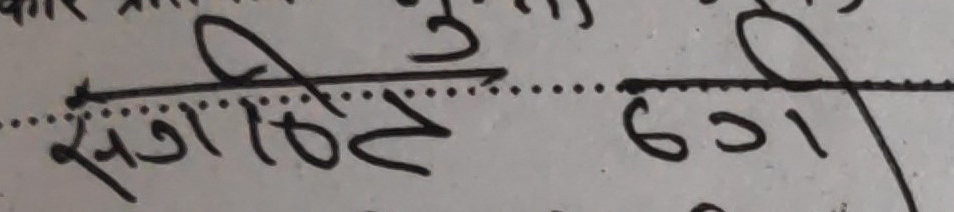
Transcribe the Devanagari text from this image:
संगणी ३ ६०१